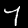
Label: 7